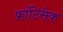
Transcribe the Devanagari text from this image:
फ्रांटिसेक